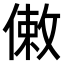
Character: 𠍏